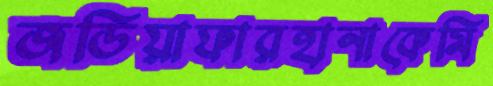
জডিয়াফারহানাকেমি